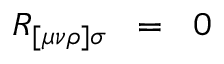
R _ { [ \mu \nu \rho ] \sigma } \; \; = \; \; 0